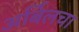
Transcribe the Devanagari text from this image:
अर्बिलचा